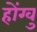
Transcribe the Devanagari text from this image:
होंग्वु